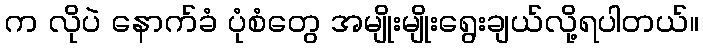
က လိုပဲ နောက်ခံ ပုံစံတွေ အမျိုးမျိုးရွေးချယ်လို့ရပါတယ်။